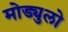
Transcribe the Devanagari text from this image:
मोड्युलो